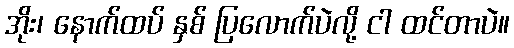
အိုး၊ နောက်ထပ် နှစ် ပြလောက်ပဲလို့ ငါ ထင်တာပဲ။